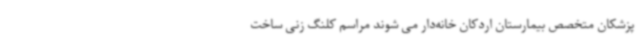
پزشکان متخصص بیمارستان اردکان خانه‌دار می شوند مراسم کلنگ زنی ساخت